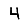
Digit: 4